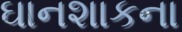
ઘાનશાકના